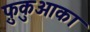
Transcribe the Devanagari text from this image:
फ़ुकुओका